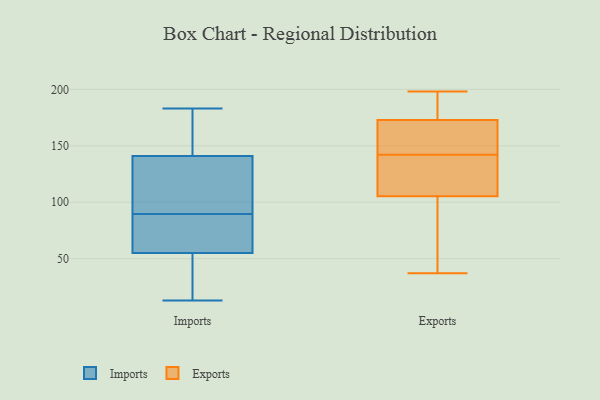
{"axis": {"x": "Conversion Rate (%)", "y": "Value"}, "legend": ["Exports", "Imports"], "data": [{"x": "", "y": 144, "type": "Imports"}, {"x": "", "y": 80, "type": "Imports"}, {"x": "", "y": 40, "type": "Imports"}, {"x": "", "y": 55, "type": "Imports"}, {"x": "", "y": 82, "type": "Imports"}, {"x": "", "y": 13, "type": "Imports"}, {"x": "", "y": 34, "type": "Imports"}, {"x": "", "y": 183, "type": "Imports"}, {"x": "", "y": 154, "type": "Imports"}, {"x": "", "y": 114, "type": "Imports"}, {"x": "", "y": 116, "type": "Imports"}, {"x": "", "y": 141, "type": "Imports"}, {"x": "", "y": 97, "type": "Imports"}, {"x": "", "y": 67, "type": "Imports"}, {"x": "", "y": 175, "type": "Exports"}, {"x": "", "y": 166, "type": "Exports"}, {"x": "", "y": 124, "type": "Exports"}, {"x": "", "y": 178, "type": "Exports"}, {"x": "", "y": 85, "type": "Exports"}, {"x": "", "y": 183, "type": "Exports"}, {"x": "", "y": 181, "type": "Exports"}, {"x": "", "y": 117, "type": "Exports"}, {"x": "", "y": 144, "type": "Exports"}, {"x": "", "y": 165, "type": "Exports"}, {"x": "", "y": 37, "type": "Exports"}, {"x": "", "y": 114, "type": "Exports"}, {"x": "", "y": 87, "type": "Exports"}, {"x": "", "y": 104, "type": "Exports"}, {"x": "", "y": 198, "type": "Exports"}, {"x": "", "y": 70, "type": "Exports"}, {"x": "", "y": 109, "type": "Exports"}, {"x": "", "y": 163, "type": "Exports"}, {"x": "", "y": 142, "type": "Exports"}]}